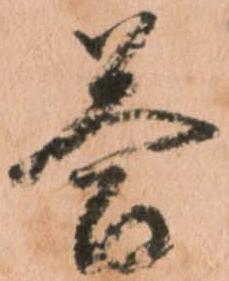
答